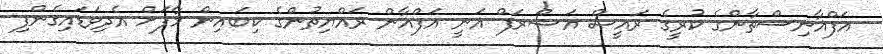
އަފްޣާނިސްތާންގެ ކުރީގެ ރައީސް އަޝްރަފް ޣަނީ އަފްޣާން ރައްޔިތުންގެ ކިބައިން މާފަށް އެދިވަޑައިގެންފި